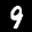
Label: 9